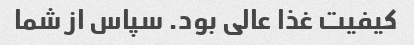
کیفیت غذا عالی بود. سپاس از شما